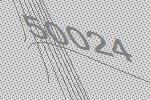
50024